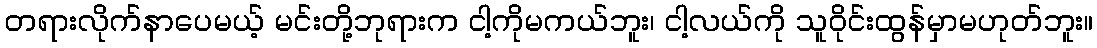
တရားလိုက်နာပေမယ့် မင်းတို့ဘုရားက ငါ့ကိုမကယ်ဘူး၊ ငါ့လယ်ကို သူဝိုင်းထွန်မှာမဟုတ်ဘူး။